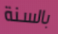
بالسنة